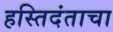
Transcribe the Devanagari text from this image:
हस्तिदंताचा